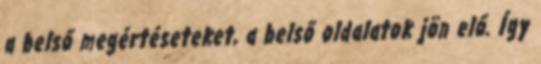
a belső megértéseteket, a belső oldalatok jön elő. Így